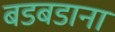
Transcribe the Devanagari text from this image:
बडबडाना